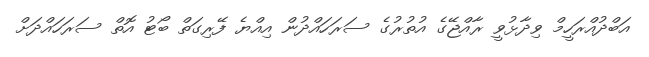
އަބްދުއްރަހީމް ވިދާޅުވީ ރާއްޖޭގެ އުތުރުގެ ސަރަހައްދުން އިއްޔެ ފޭރިގަތް ބޯޓު އޮތް ސަރަހައްދަށް